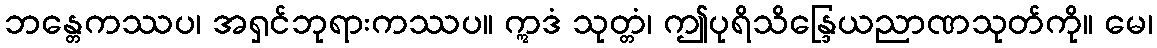
ဘန္တေကဿပ၊ အရှင်ဘုရားကဿပ။ ဣဒံ သုတ္တံ၊ ဤပုရိသိန္ဒြေယညာဏသုတ်ကို။ မေ၊